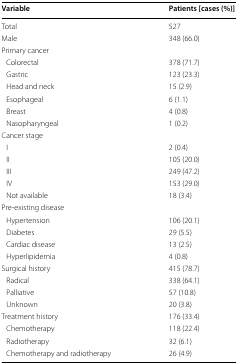
| Variable | Patients [cases (%)] |
 | --- | --- |
 | Total | 527 |
 | Male | 348 (66.0) |
 | <COLSPAN=2> Primary cancer |
 | Colorectal | 378 (71.7) |
 | Gastric | 123 (23.3) |
 | Head and neck | 15 (2.9) |
 | Esophageal | 6 (1.1) |
 | Breast | 4 (0.8) |
 | Nasopharyngeal | 1 (0.2) |
 | <COLSPAN=2> Cancer stage |
 | I | 2 (0.4) |
 | II | 105 (20.0) |
 | III | 249 (47.2) |
 | IV | 153 (29.0) |
 | Not available | 18 (3.4) |
 | <COLSPAN=2> Pre-existing disease |
 | Hypertension | 106 (20.1) |
 | Diabetes | 29 (5.5) |
 | Cardiac disease | 13 (2.5) |
 | Hyperlipidemia | 4 (0.8) |
 | Surgical history | 415 (78.7) |
 | Radical | 338 (64.1) |
 | Palliative | 57 (10.8) |
 | Unknown | 20 (3.8) |
 | Treatment history | 176 (33.4) |
 | Chemotherapy | 118 (22.4) |
 | Radiotherapy | 32 (6.1) |
 | Chemotherapy and radiotherapy | 26 (4.9) |